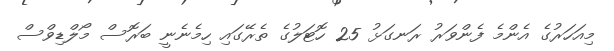
މިއަހަރުގެ އެންމެ ފެންވަރު ރަނގަޅު 25 ހޮޓަލުގެ ތެރޭގައި ހިމެނެނީ ބަރޮސް މޯލްޑިވްސް